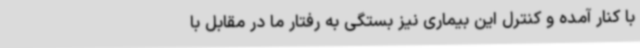
با کنار آمده و کنترل این بیماری نیز بستگی به رفتار ما در مقابل با